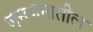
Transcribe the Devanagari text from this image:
जनजनातील